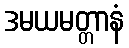
ဒမယမတ္တာနံ